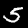
Label: 5